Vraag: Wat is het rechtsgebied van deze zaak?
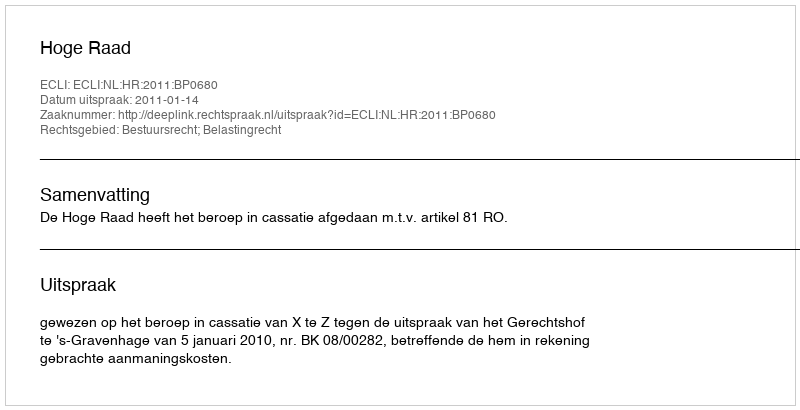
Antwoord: Bestuursrecht; Belastingrecht